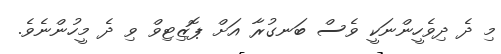
މި ދެ ދިވެހީންނަކީ ވެސް ބަނގުރާ އަށް ޕޮޒިޓިވް ވި ދެ މީހުންނެވެ.